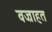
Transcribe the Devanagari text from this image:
वज्राहत